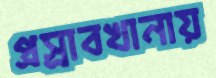
প্রস্রাবখানায়